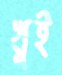
খুই